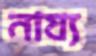
নায্য